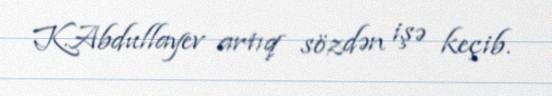
K.Abdullayev artıq sözdən işə keçib.